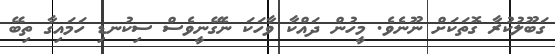
ގަބޫލުކުރާ ގޮތަކަށް ނޫނެވެ. މީހުން ދައްކާ ވާހަކަ ނެގޭނީވެސް ސިކުނޑި ހަމައިގާ ތިބޭ